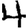
Digit: 4